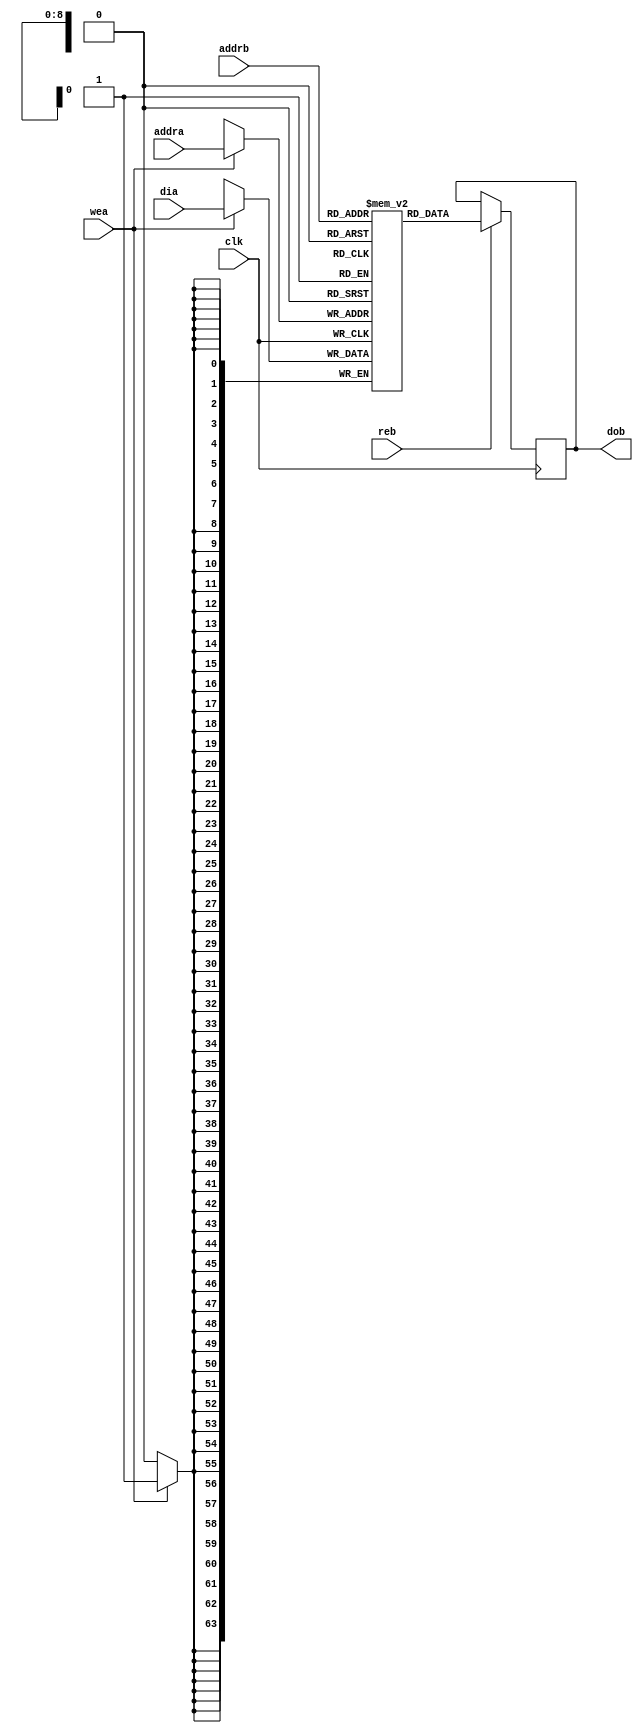
/*
 * StreamIF - AXI4 Memory Mapped to AXI4 Stream Interface Library
 * Copyright (C) 2017 Taner Guven <tanerguven@gmail.com>
 *
 * This library is free software; you can redistribute it and/or
 * modify it under the terms of the GNU Lesser General Public
 * License as published by the Free Software Foundation; either
 * version 2.1 of the License, or (at your option) any later version.
 *
 * This library is distributed in the hope that it will be useful,
 * but WITHOUT ANY WARRANTY; without even the implied warranty of
 * MERCHANTABILITY or FITNESS FOR A PARTICULAR PURPOSE.  See the GNU
 * Lesser General Public License for more details.
 *
 * You should have received a copy of GNU Lesser General Public License
 * along with this library. If not, see <http://www.gnu.org/licenses/>.
 */
module dualport_ram  #
  (
   parameter integer C_DATA_WIDTH = 64,
   parameter integer C_ADDR_SIZE = 9
   )
  (
   input                         clk,
   input                         wea,
   input                         reb,
   input [C_ADDR_SIZE-1:0]       addra,
   input [C_ADDR_SIZE-1:0]       addrb,
   input [C_DATA_WIDTH-1:0]      dia,
   output reg [C_DATA_WIDTH-1:0] dob
   );

  localparam C_COUNT = (1<<C_ADDR_SIZE);

  reg [C_DATA_WIDTH-1:0]         ram [C_COUNT-1:0] /* synthesis syn_ramstyle = "block_ram" syn_ramstyle = "no_rw_check" */;

  always @ (posedge clk) begin
    if (wea)
      ram[addra] <= dia;
    if (reb) begin
      dob <= ram[addrb];
      // $display("ram out: %d %x", addrb, ram[addrb]);
    end
  end

endmodule  // dualport_ram